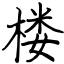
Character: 楼